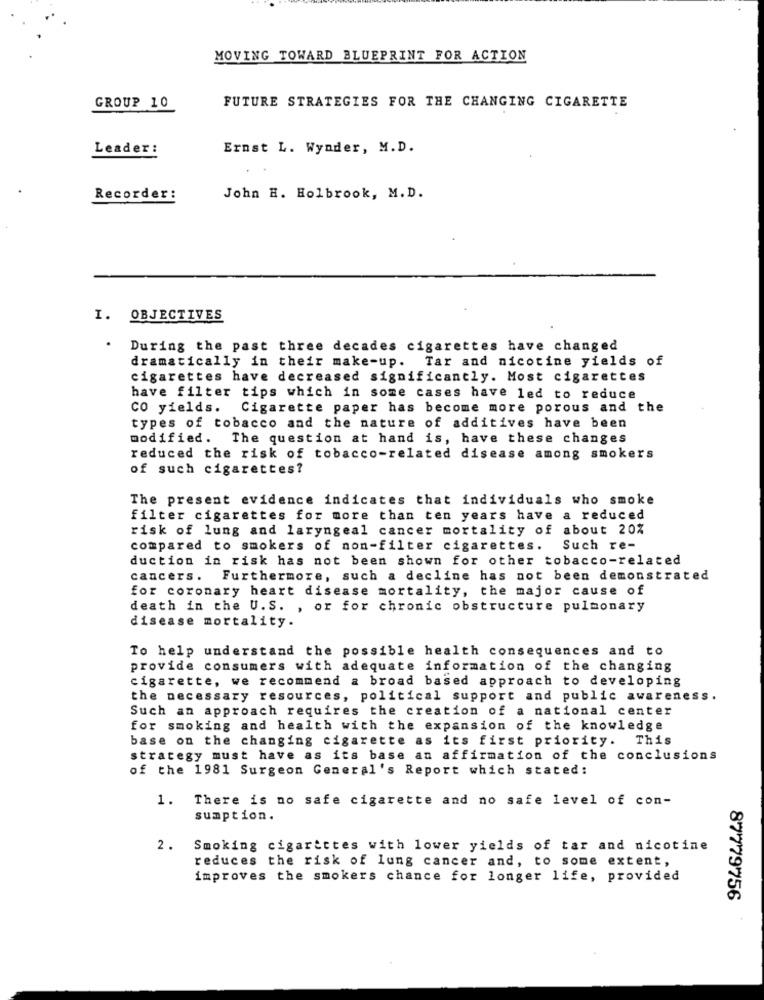
MOVING TOWARD BLUEPRINT FOR ACTION
GROUP 10
FUTURE STRATEGIES FOR THE CHANGING CIGARETTE
Leader:
Ernst L. Wynder, M.D.
Recorder:
John H. Holbrook, M.D.
I. OBJECTIVES
During the past three decades cigarettes have changed
Tar and nicotine yields of
dramatically in their make-up.
cigarettes have decreased significantly. Most cigarettes
have filter tips which in some cases have led to reduce
CO yields.
Cigarette paper has become more porous and the
types of tobacco and the nature of additives have been
modified. The question at hand is, have these changes
reduced the risk of tobacco-related disease among smokers
of such cigarettes?
The present evidence indicates that individuals who smoke
filter cigarettes for more than ten years have a reduced
risk of lung and laryngeal cancer mortality of about 20%
compared to smokers of non-filter cigarettes.
Such re-
duction in risk has not been shown for other tobacco-related
cancers. Furthermore, such a decline has not been demonstrated
for coronary heart disease mortality, the major cause of
death in the U.S. , or for chronic obstructure pulmonary
disease mortality.
To help understand the possible health consequences and to
provide consumers with adequate information of the changing
cigarette, we recommend a broad based approach to developing
the necessary resources, political support and public awareness.
Such an approach requires the creation of a national center
for smoking and health with the expansion of the knowledge
base on the changing cigarette as its first priority.
This
strategy must have as its base an affirmation of the conclusions
of the 1981 Surgeon General's Report which stated:
1.
There is no safe cigarette and no safe level of con-
sumption.
2.
Smoking cigarettes with lower yields of tar and nicotine
reduces the risk of lung cancer and, to some extent,
improves the smokers chance for longer life, provided
87779756